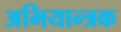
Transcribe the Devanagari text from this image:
अभियान्त्रक